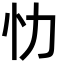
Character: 忇